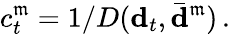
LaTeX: c_{t}^{\mathfrak{m}}=1/D({\mathbf{d}}_{t},\bar{{{\mathbf{d}}}}^{\mathfrak{m}})\, .